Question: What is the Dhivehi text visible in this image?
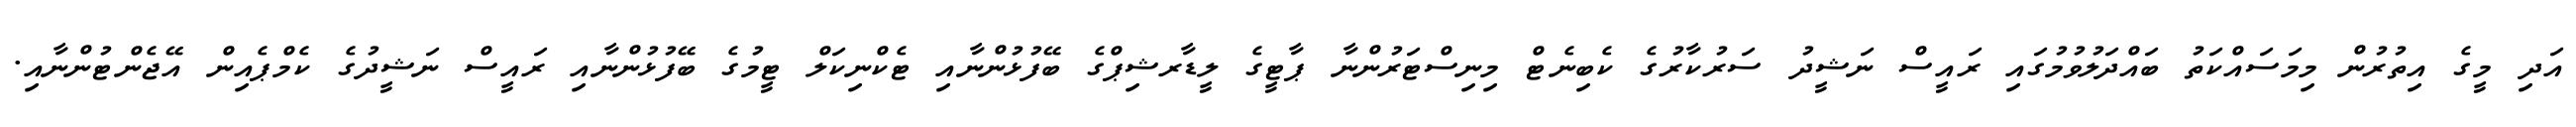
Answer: އަދި މީގެ އިތުރުން މިމަސައްކަތު ބައްދަލުވުމުގައި ރައީސް ނަޝީދު ސަރުކާރުގެ ކެބިނެޓް މިނިސްޓަރުންނާ ޕާޓީގެ ލީޑާރޝިޕްގެ ބޭފުޅުންނާއި ޓެކްނިކަލް ޓީމުގެ ބޭފުޅުންނާއި ރައީސް ނަޝީދުގެ ކެމްޕެއިން އޭޖެންޓުންނާއި.